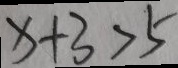
x + 3 > 5